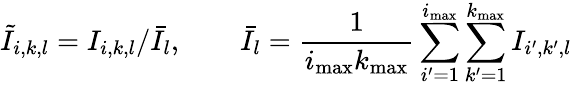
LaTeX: \tilde{I}_{i,k,l}=I_{i,k,l}/\bar{I}_{l},\qquad\bar{I}_{l}=\frac 1{i_{\mathrm{max}}k_{\mathrm{max}}}\sum_{i^{\prime}=1}^{i_{\mathrm{max}}}\sum_{k^{\prime}=1}^{k_{\mathrm{max}}}I_{i^{\prime},k^{\prime},l}